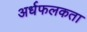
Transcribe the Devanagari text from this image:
अर्धफलकता